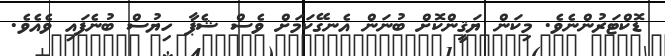
ޑޮކްޓަރުންނެވެ. މިކަން ޔަޤީންކޮށް ބުނަން އެނގޭކަމަށް ވެސް ޝެޕާ ހިޔުސް ބުނެފައި ވެއެވެ.